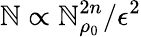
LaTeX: \mathbb{N}\propto\mathcal{{\mathbb{N}}}_{\rho_{0}}^{2n}/\epsilon^{2}